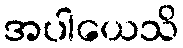
အပါယေသိ